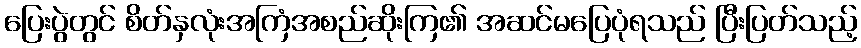
ပြေးပွဲတွင် စိတ်နှလုံးအကြံအစည်ဆိုးကြ၏ အဆင်မပြေပုံရသည် ပြီးပြတ်သည့်